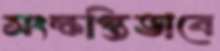
সংক্ষপ্তিভাবে